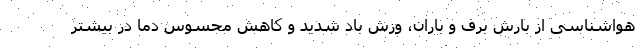
هواشناسی از بارش برف و باران، وزش باد شدید و کاهش محسوس دما در بیشتر